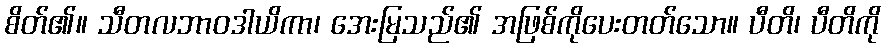
စိတ်၏။ သီတလဘာဝဒါယိကာ၊ အေးမြသည်၏ အဖြစ်ကိုပေးတတ်သော။ ပီတိ၊ ပီတိကို